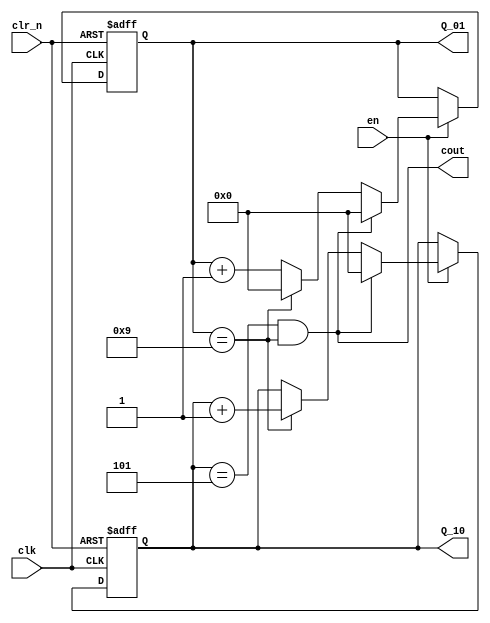
/*
    mod 60 counter with 2 BCD code
*/
module counter_60
(
    input       clk,            // 1Hz clock signal
    input       clr_n,          // clear signal
    input       en,             // high enable signal
    output reg  [3:0] Q_10,     // BCD code
    output reg  [3:0] Q_01,     // BCD code
    output wire cout
);

    assign cout = (Q_10 == 4'b0101 & Q_01 == 4'b1001);
    always@(posedge clk or negedge clr_n)
    begin
        if (~clr_n)
            // clear the counter to 0
            begin
                Q_01 <= 4'b0000;
                Q_10 <= 4'b0000;
                // cout <= 1'b0;
            end
        else if (~en)
            // not enable, do not add
            begin
                Q_01 <= Q_01;
                Q_10 <= Q_10;
                // cout <= 1'b0;
            end
        else if (Q_10 == 4'b0101 & Q_01 == 4'b1001)
            // end of counter (59)
            begin
                Q_10 <= 4'b0000;
                Q_01 <= 4'b0000;
                // cout <= 1'b0;
            end
        else if (Q_01 == 4'b 1001)
            // Q_01 = 9 => Q_10++, Q_01 <= 0
            begin
                Q_01 <= 4'b0000;
                Q_10 <= Q_10 + 1'b1;
                // cout <= 1'b0;
            end
          
        else
            // Q_01 ++
            begin
                Q_01 <= Q_01 + 1'b1;
                // cout <= 1'b0;
            end
    end

endmodule